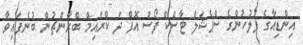
އިންޑިއާގެ ފުލުހުންގެ ސްޕެޝަލް ޓާސްކް ފޯސް އޮފް ދަ ކްރައިމް ބްރާންޗުން ބުނެފައިވާ